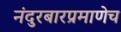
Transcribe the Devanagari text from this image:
नंदुरबारप्रमाणेच